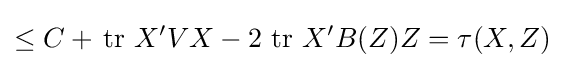
\leq C+\,\operatorname {tr} \,X'VX-2\,\operatorname {tr} \,X'B(Z)Z=\tau (X,Z)